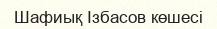
Шафиық Ізбасов көшесі